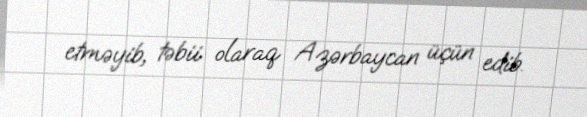
etməyib, təbii olaraq Azərbaycan üçün edib.